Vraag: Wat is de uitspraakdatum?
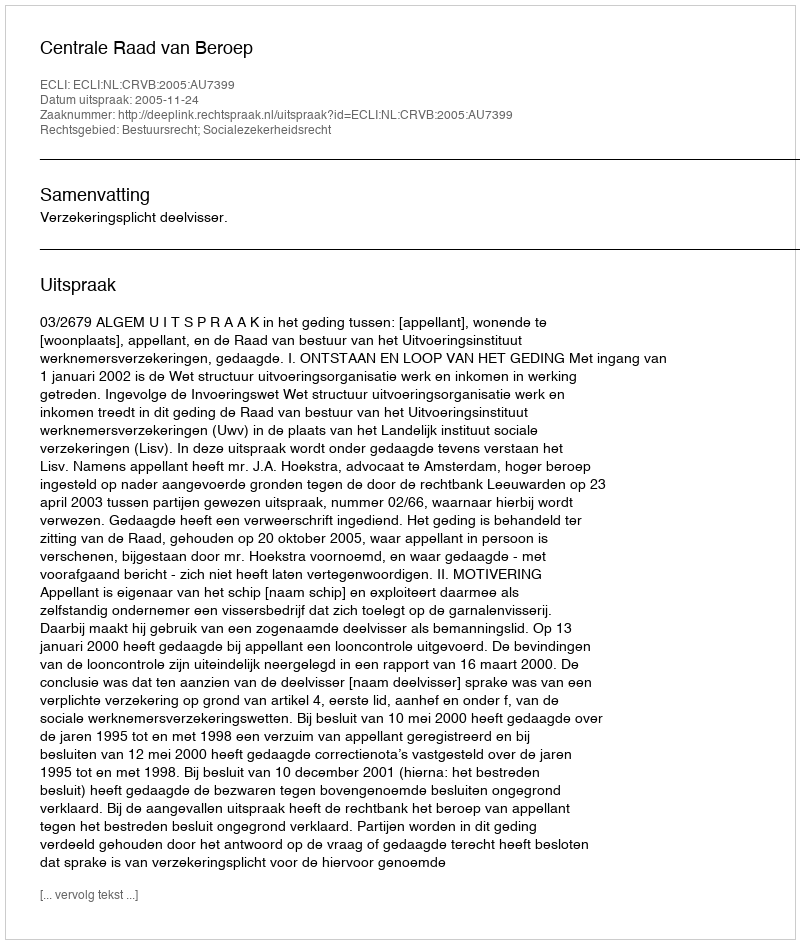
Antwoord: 2005-11-24